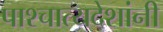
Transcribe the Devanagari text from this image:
पाश्चात्यदेशांनी